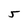
Character: 5